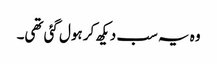
وہ یہ سب دیکھ کر ہول گئی تھی۔